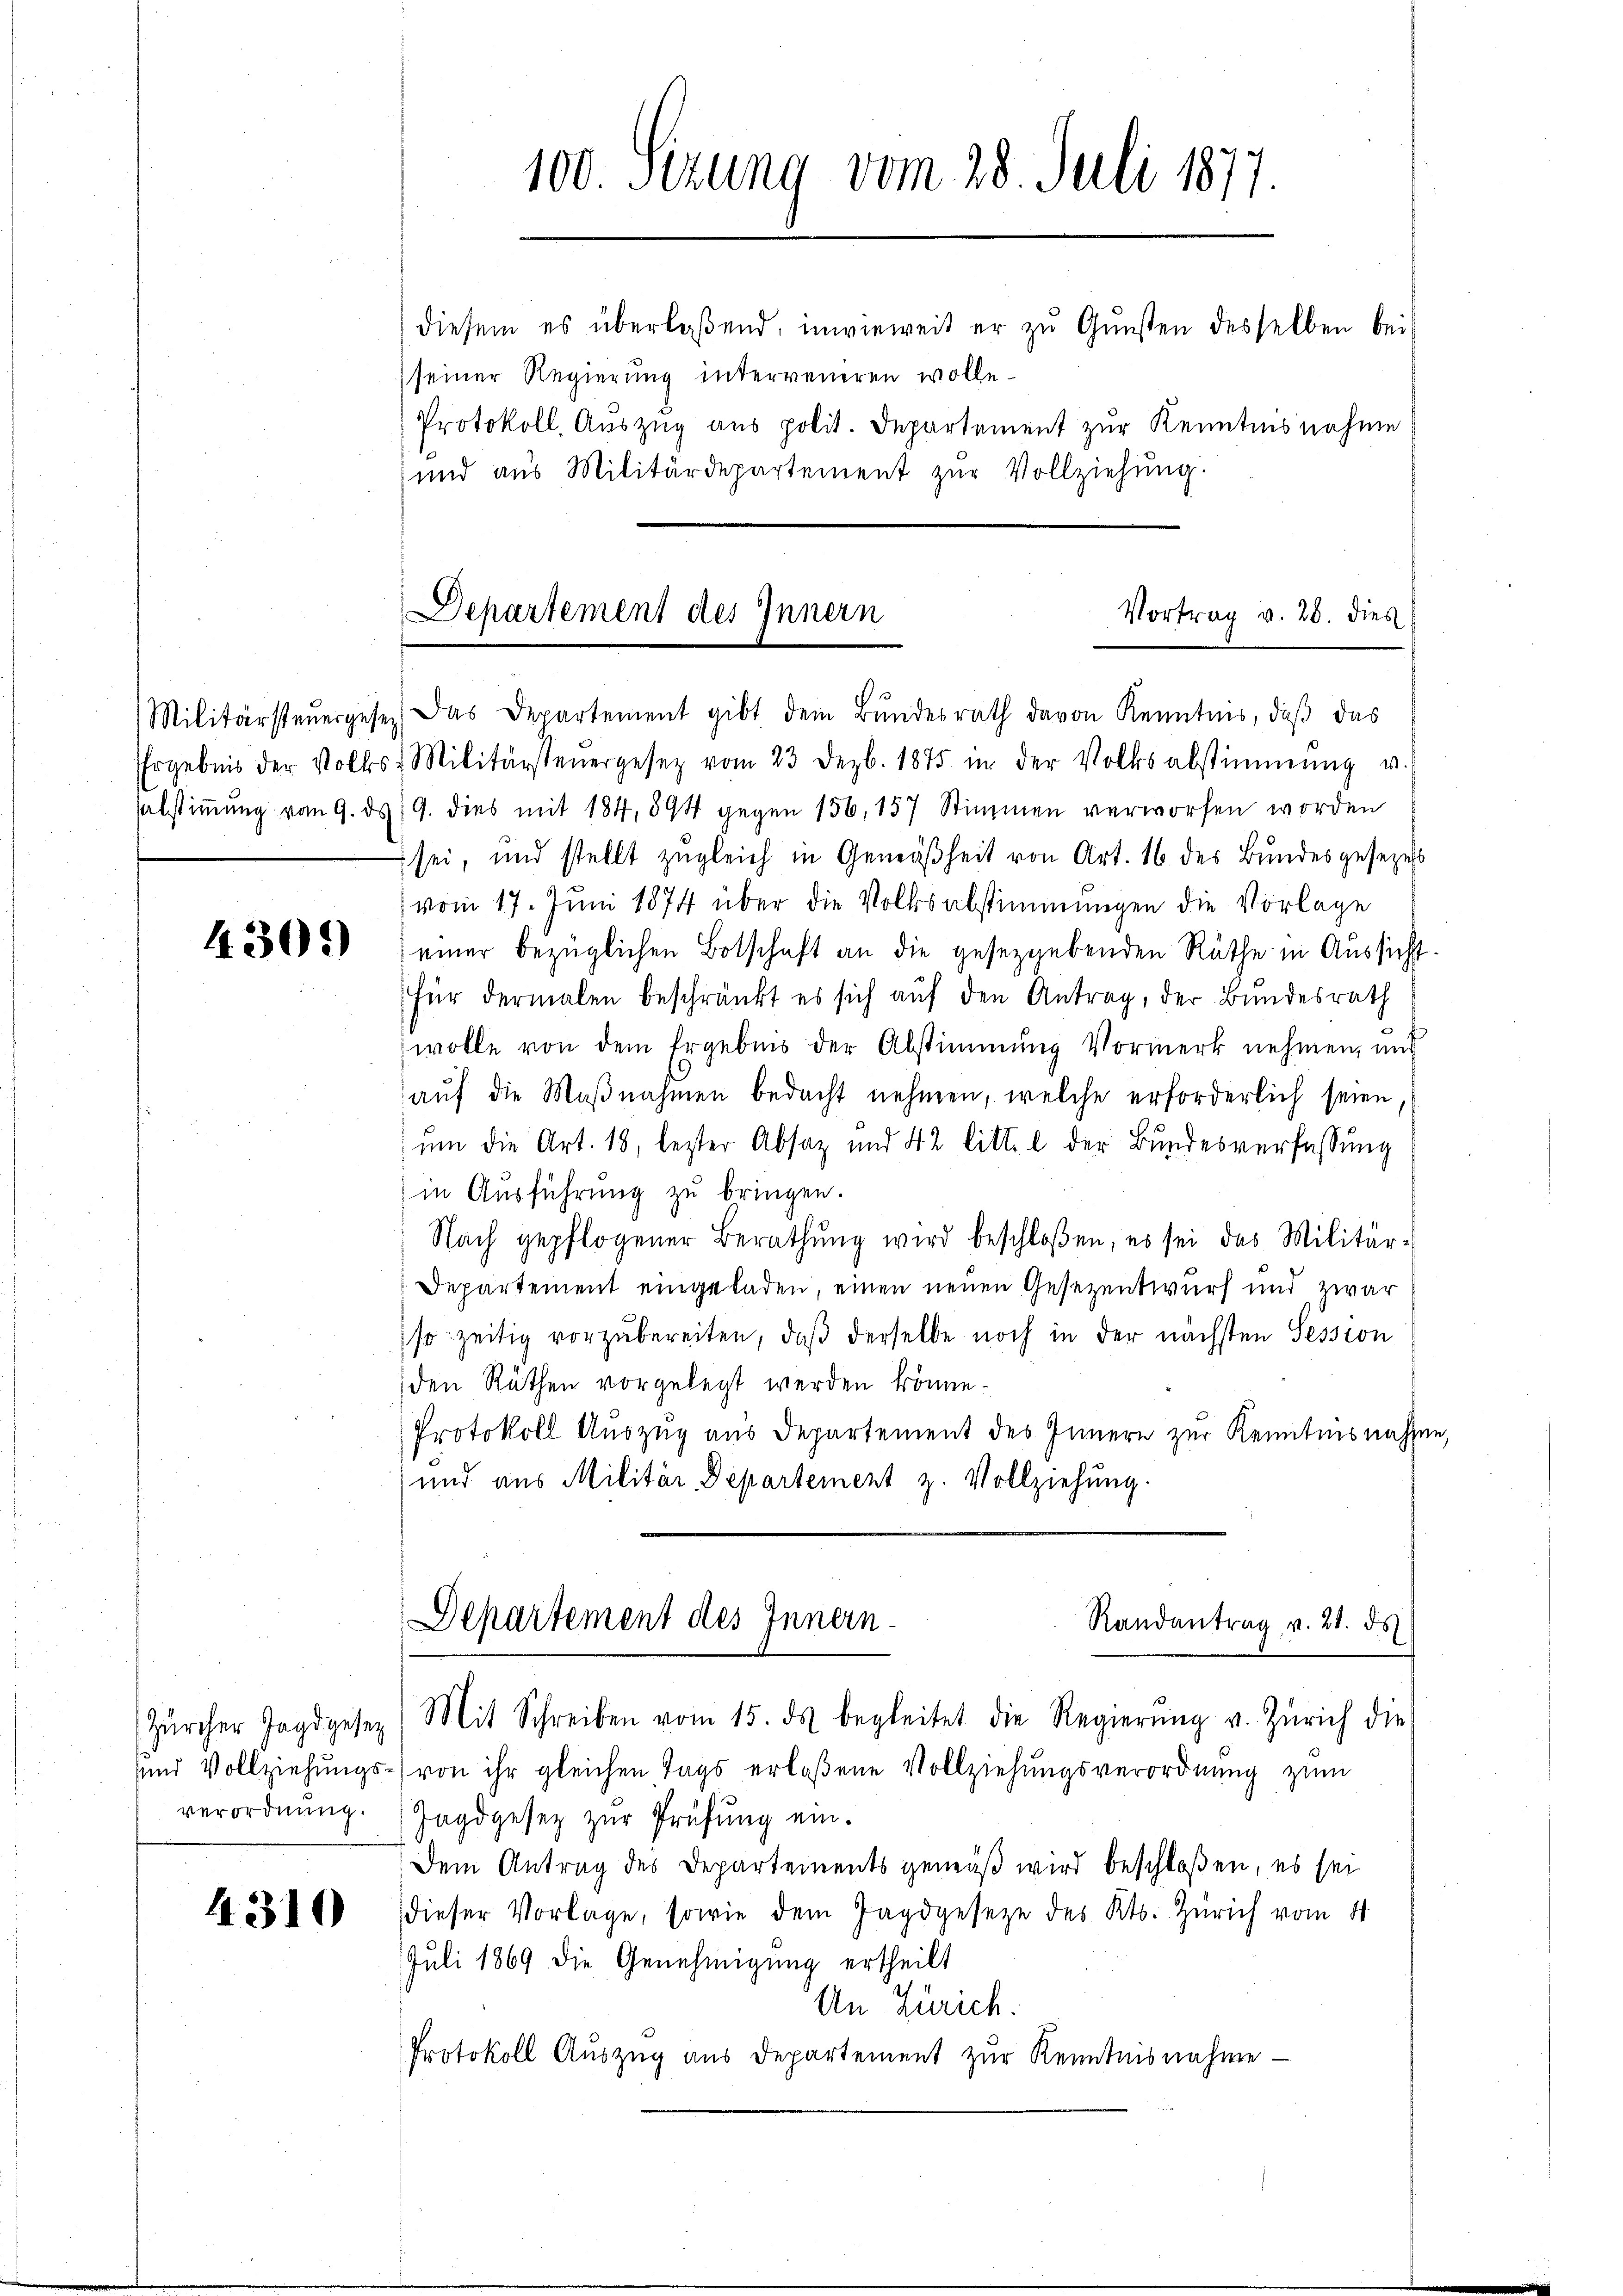
verordnung.

4310

100. Sizung vom 28. Juli 1877.
diesem es überlaßend, inwieweit er zu Gunsten desselben bei
(seiner Regierung interreueren wolle.
Protokoll, Auszug aus polit. Departement zur Kenntnisnahme
und aus Militärdepartement zur Vollziehung.

Departement des Innern
Vortrag v. 20. dies
r
Militärsteŭergesen. Das Departement gibt dem Bundesrath davon Kenntnis, daβ das

Ehrgebnis der Volkes Militärsteuergesez vom 23 Dezb. 1875 in der Volksabstimmung u.
abstimmung vom 9. ds 19. dies mit 184, 894 gegen 156, 157 Stimmen verworfen worden
sei, und stellt zugleich in Gemäßheit von Art. 16. des Bundesgesezess
(vom 17. Juni 1874 über die Volksabstimmungen die Vorlage
43503 einer bezüglichen Botschaft an die gesetzgebenden Räthe in Aŭssicht.
für dermalen beschränkt es sich aŭf den Antrag, der Bundesrath
wolle von dem Ergebnis der Abstimmung Vormerk nehmen, und
auf die Maßnahmen bedacht nehmen, welche erforderlich seien,
ŭm die Art. 18, letzter Absaz und 42 litt. b der Bundesverfassung
in Ausführung zu bringen.
Nach gepflogener Berathŭng wird beschloßen, es sei das Militär-
Departement eingeladen, einen neuen Gesezentwurf und zwar
so zeitig vorzubereiten, daß derselbe noch in der nächsten Session
den Räthen vorgelegt werden könne.
Protokoll Auszug aus Departement des Innern zur Kenntnisnahme,
und aus Militär-Departement z. Vollziehung.

Departement des Innern.
Randantrag v. 21. ds
Zürcher Jagdgesez) Mit Schreiben vom 15. ds begleitet die Regierŭng v. Zürich die

und Vollziehungs-von ihr gleichen Tags erlassene Vollziehungsverordnung zum
Jagdgesez zur Prüfung ein¬
Dem Antrag des Departements gemäß wird beschloßen, es sei
dieser Vorlage, sowie dem Jagdgesetze des Kts. Zürich vom 21
Juli 1869 die Genehmigung ertheilt
An Zürich.
Protokoll Aŭszŭg aŭs departement zŭr Kenntnisnahme